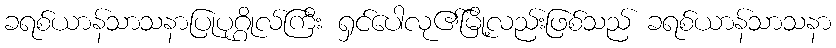
ခရစ်ယာန်သာသနာပြုပုဂ္ဂိုလ်ကြီး ရှင်ပေါလု၏မြို့လည်းဖြစ်သည် ခရစ်ယာန်သာသနာ